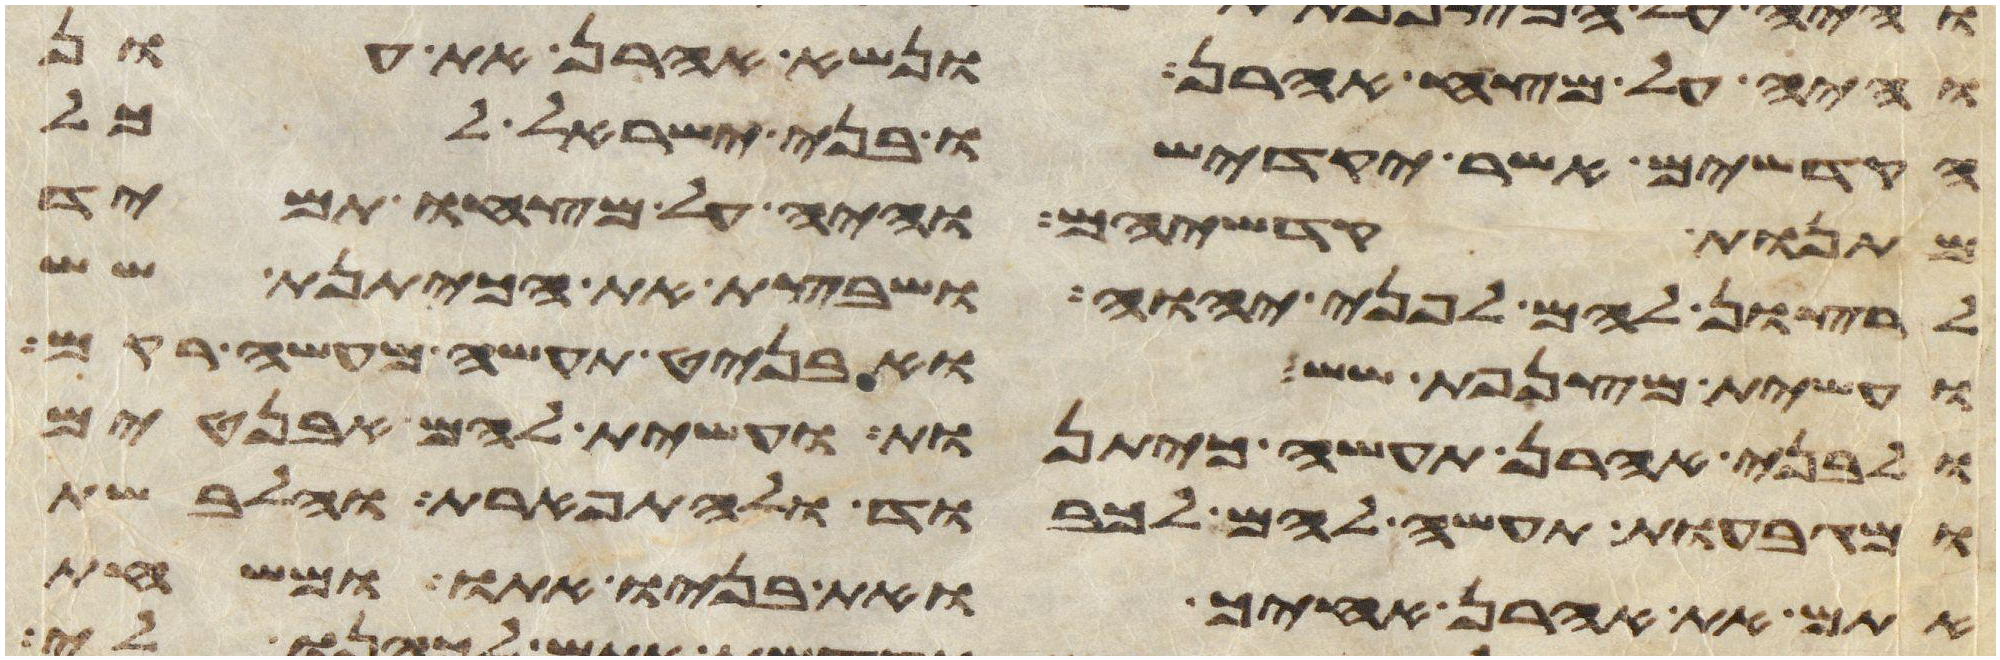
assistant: והיה על מצח אהרן ונשא אהרן את עון
הקדשים אשר יקדישו בני ישראל לכל
מתנות קדשיהם והיה על מצחו תמיד
לרצון להם לפני יהוה ושבצת את הכיתנת שש
ועשית מצנפת שש ואבניט תעשה מעשה רקם
ולבני אהרן תעשה כיתנות ועשית להם אבניטים
ומגבעות תעשה להם לכבוד ולתפארת והלבשת
אתם את אהרן אחיך ואת בניו אתו ומשחת